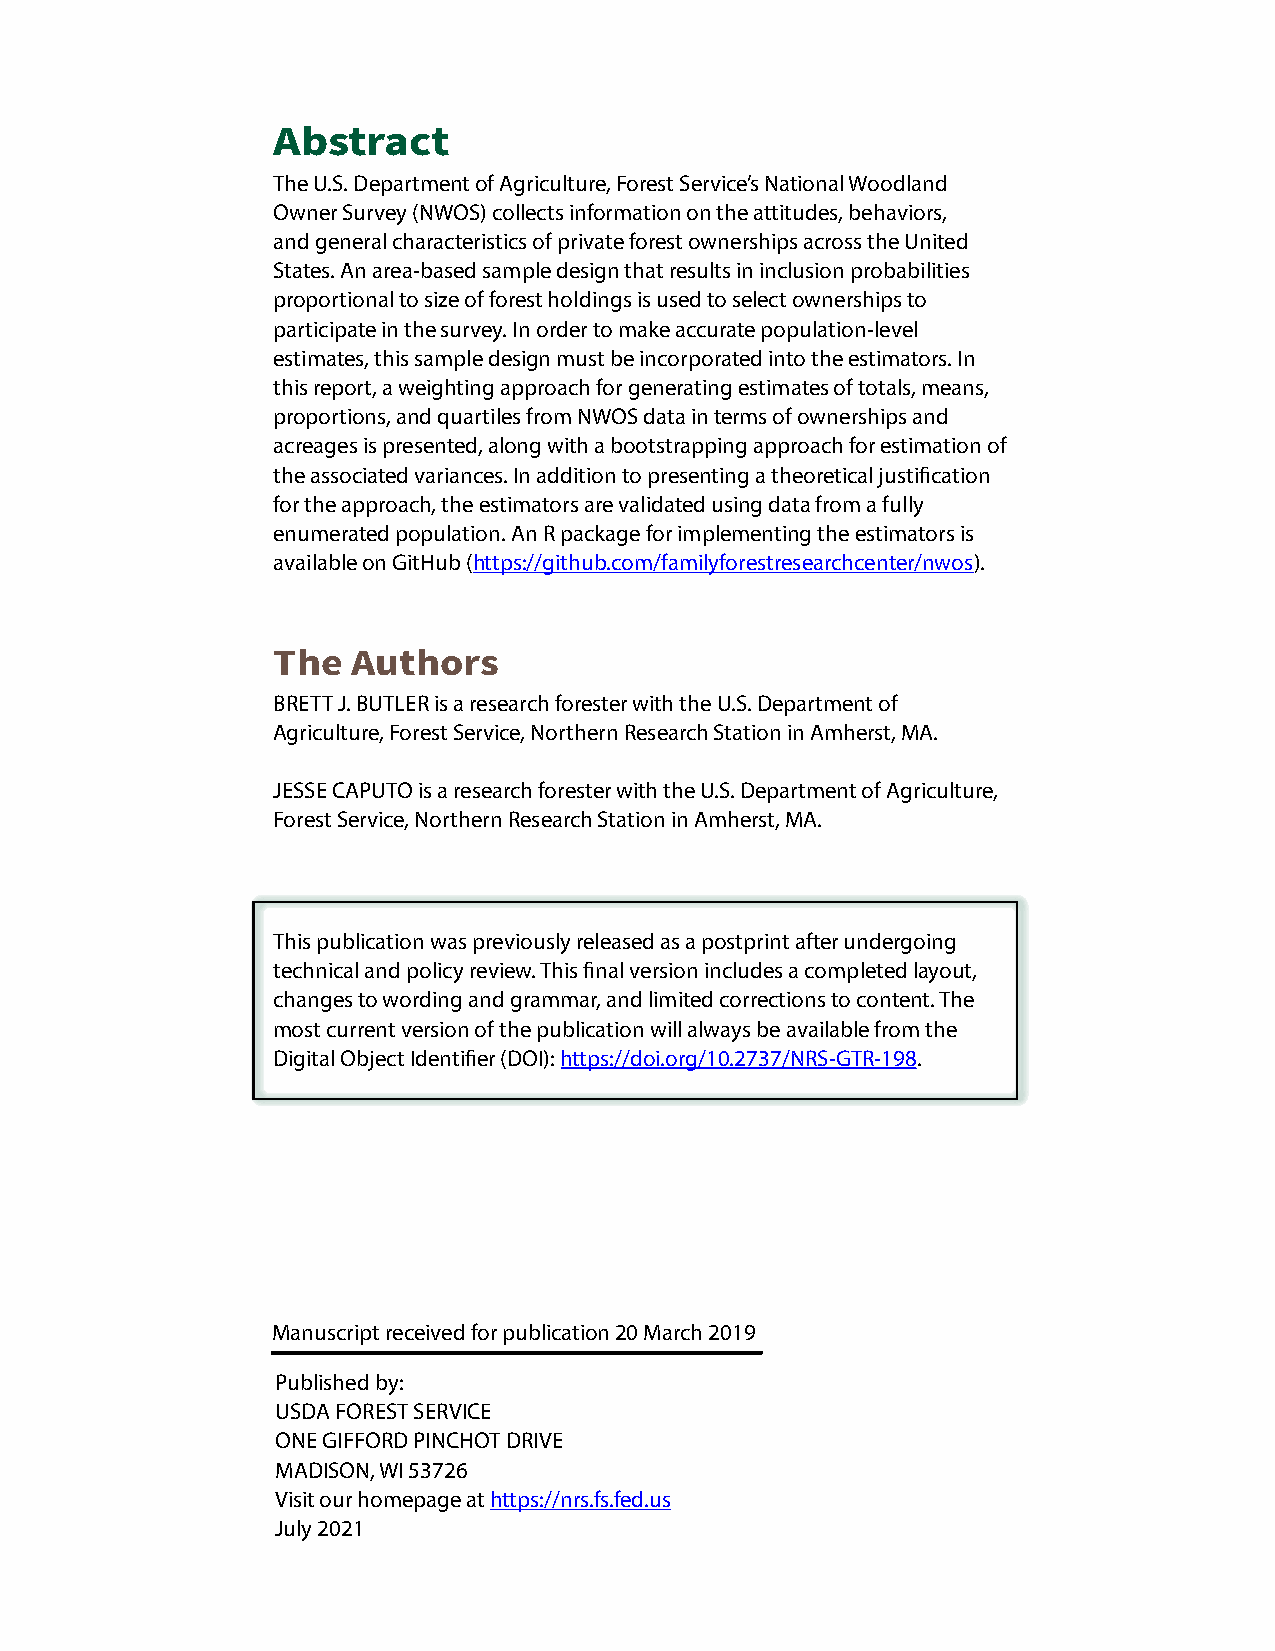
Abstract
 The U.S. Department of Agriculture, Forest Service’s National Woodland
 Owner Survey (NWOS) collects information on the attitudes, behaviors,
 and general characteristics of private forest ownerships across the United
 States. An area-based sample design that results in inclusion probabilities
 proportional to size of forest holdings is used to select ownerships to
 participate in the survey. In order to make accurate population-level
 estimates, this sample design must be incorporated into the estimators. In
 this report, a weighting approach for generating estimates of totals, means,
 proportions, and quartiles from NWOS data in terms of ownerships and
 acreages is presented, along with a bootstrapping approach for estimation of
 the associated variances. In addition to presenting a theoretical justification
 for the approach, the estimators are validated using data from a fully
 enumerated population. An R package for implementing the estimators is
 available on GitHub (https://github.com/familyforestresearchcenter/nwos).
 The  Authors
 BRETT J. BUTLER is a research forester with the U.S. Department of
 Agriculture, Forest Service, Northern Research Station in Amherst, MA.
 JESSE CAPUTO is a research forester with the U.S. Department of Agriculture,
 Forest Service, Northern Research Station in Amherst, MA.
 This publication was previously released as a postprint after undergoing
 technical and policy review. This final version includes a completed layout,
 changes to wording and grammar, and limited corrections to content. The
 most current version of the publication will always be available from the
 Digital Object Identifier (DOI): https://doi.org/10.2737/NRS-GTR-198.
 Manuscript received for publication 20 March 2019
 Published by:
 USDA FOREST SERVICE
 ONE GIFFORD PINCHOT DRIVE
 MADISON, WI 53726
 Visit our homepage at https://nrs.fs.fed.us
 July 2021